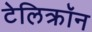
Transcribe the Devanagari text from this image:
टेलिक्रॉन